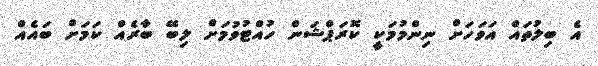
އެ ބިލުތައް އަވަހަށް ނިންމުމަކީ ކޮރަޕްޝަން ހުއްޓުވުމަށް ލިބޭ ބާރެއް ކަމަށް ބައެއް